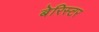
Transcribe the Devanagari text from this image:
बेरिस्टर